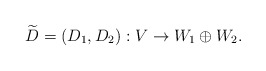
\begin{align*} \widetilde{D} = ( D_1 , D_2 ) : V \rightarrow W_1 \oplus W_2 .\end{align*}